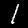
Digit: 1